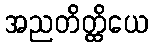
အညတိတ္ထိယေ